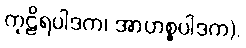
ကုဠိရပါဒက၊ အာဟစ္စပါဒက).